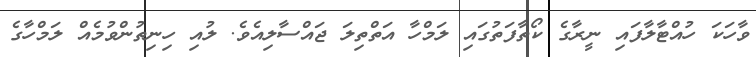
ވާހަކަ ހުއްޓާލާފައި ނީރާގެ ކޯތާފަތުގައި ލަމްހާ އަތްތިލަ ޖައްސާލިއެވެ. ލުއި ހިނިތުންވުމެއް ލަމްހާގެ